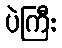
ပဲကြီး